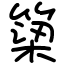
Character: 𥱋